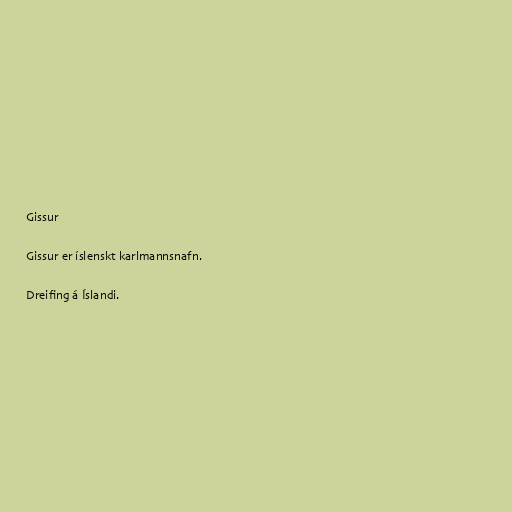
Gissur

Gissur er íslenskt karlmannsnafn.

Dreifing á Íslandi.